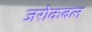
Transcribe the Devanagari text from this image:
जरोकबल